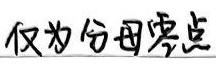
仅为分母零点